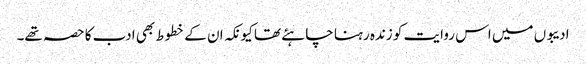
ادیبوں میں اس روایت کو زندہ رہنا چاہئے تھا کیونکہ ان کے خطوط بھی ادب کا حصہ تھے۔